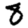
Digit: 8